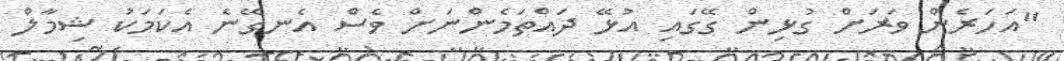
"އަހަރެން ވަރަށް ގުޅިން ގޭގައި އުޅޭ ދައްތަމެންނަށް ވެސް އެނގޭނެ އެކަމަކު ޝިމާލް